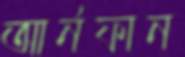
আর্নফান